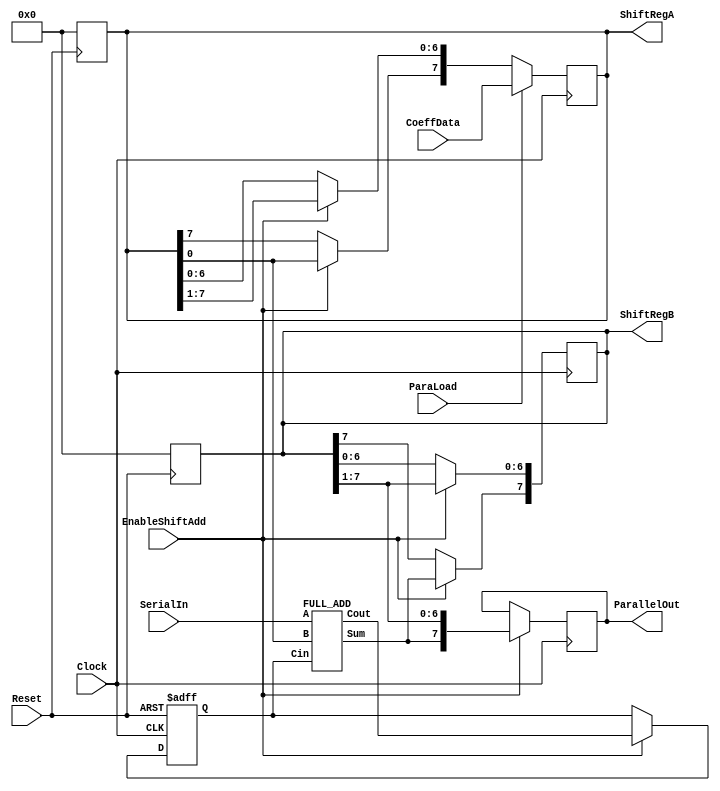
module ADD_SEQ (Clock, Reset, ParaLoad, CoeffData, SerialIn, EnableShiftAdd, ShiftRegA, ShiftRegB, ParallelOut);
input Clock, Reset;
input ParaLoad, SerialIn, EnableShiftAdd;
input [7:0] CoeffData;
output [7:0] ParallelOut;
output [7:0] 
ShiftRegA,ShiftRegB;
reg [7:0] ParallelOut;
reg ShiftRegA_LSB;
reg [7:0] ShiftRegA, ShiftRegB;
reg HoldCout;
wire Sum,Cout;
always @(negedge Reset)
begin
ShiftRegA<=8'b0;ShiftRegB<=8'b0;
end
always @(posedge Clock)
begin: REG_AB
if (ParaLoad)
ShiftRegA = CoeffData;
else if (EnableShiftAdd)
begin
ShiftRegA_LSB = ShiftRegA[0];
ShiftRegA = ShiftRegA >> 1;
ShiftRegA[7] = ShiftRegA_LSB;
end
if (EnableShiftAdd)
begin
ShiftRegB = ShiftRegB >> 1;
ShiftRegB[7] = Sum;
ParallelOut = ShiftRegB;
end
end
FULL_ADD FA1
(.A(SerialIn),.B(ShiftRegA[0]),.Cin(HoldCout),.Sum(Sum),.Cout(Cout));
always @(posedge Clock or negedge Reset)
begin : HOLD_COUT
if (!Reset)
HoldCout = 0;
else if (EnableShiftAdd)
HoldCout = Cout;
else
HoldCout = HoldCout;
end 
endmodule

module HALF_ADD (A, B, Sum, Cout);
input A,B;
output Sum, Cout;
assign Sum = A ^ B;
assign Cout = A & B;
endmodule

module FULL_ADD (A, B, Cin, Sum, Cout);
input A,B, Cin;
output Sum, Cout;

wire AplusB, CoutHA1, CoutHA2;

HALF_ADD HA1 (.A(A), .B(B), .Sum(AplusB), .Cout(CoutHA1));
HALF_ADD HA2 (.A(AplusB), .B(Cin), .Sum(Sum), .Cout(CoutHA2));

assign Cout = CoutHA1 | CoutHA2;
endmodule